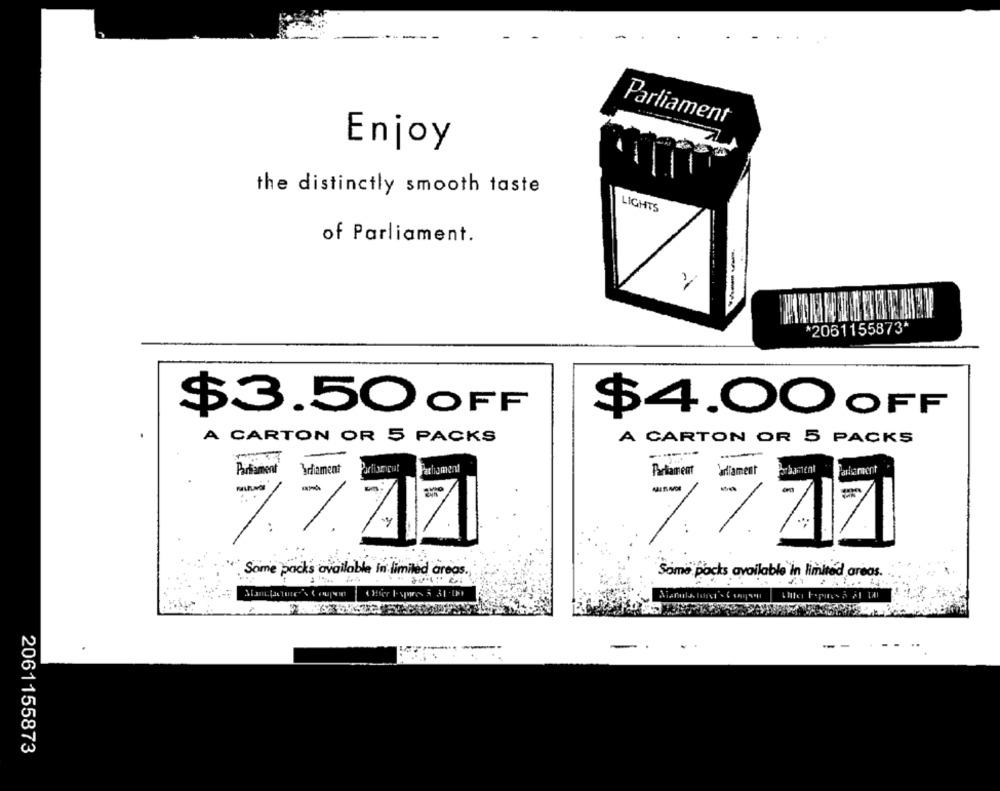
Parliament
Enjoy
the distinctly smooth taste
LIGHTS
of Parliament.
---
*2061155873*
$3.50 OFF
$4.00 OFF
A CARTON OR 5 PACKS
A CARTON OR 5 PACKS
Pathement
Parlament
Sofiament
Parliament
-
..
Some packs available in limited areas.
Some packs available in limited areas.
-
...
2061155873